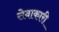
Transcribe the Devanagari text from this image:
सेवाकारी